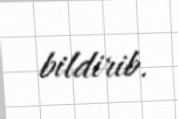
bildirib.